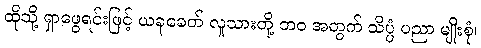
ထိုသို့ ရှာဖွေရင်းဖြင့် ယခုခေတ် လူသားတို့ ဘဝ အတွက် သိပ္ပံ ပညာ မျိုးစုံ၊